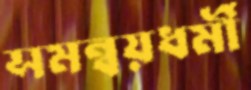
সমন্বয়ধর্মী